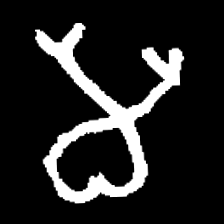
Pyu character \u2014 Myanmar letter: မ (romanized: ma)